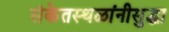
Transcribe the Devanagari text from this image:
संकेतस्थळांनीसुद्धा